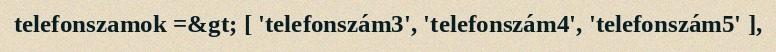
telefonszamok =&gt; [ 'telefonszám3', 'telefonszám4', 'telefonszám5' ],